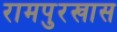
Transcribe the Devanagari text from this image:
रामपुरखास